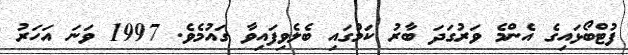
ފުޓްބޯޅައިގެ އެންމެ ވަރުގަދަ ބާރު ކަމުގައި ބެލެވިފައިވާ ގައުމެވެ. 1997 ވަނަ އަހަރު